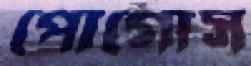
পোগোস